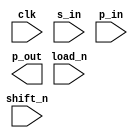
////////////////////////////////////////////////////////////////////////////////
//
//       This confidential and proprietary software may be used only
//     as authorized by a licensing agreement from Synopsys Inc.
//     In the event of publication, the following notice is applicable:
//
//                    (C) COPYRIGHT 1992 - 2016 SYNOPSYS INC.
//                           ALL RIGHTS RESERVED
//
//       The entire notice above must be reproduced on all authorized
//     copies.
//
//
// VERSION:   Simulation Architecture
//
// DesignWare_version: 4b9e2c8c
// DesignWare_release: K-2015.06-DWBB_201506.5.2
//
////////////////////////////////////////////////////////////////////////////////
//-----------------------------------------------------------------------------------
//
// ABSTRACT:  Shift Register
//           length wordlength
//           shift enable active low
//           parallel load enable active low
//
//            Add X-handling
//            Reto Zimmermann  Nov 02, 1999
//            Rewrite (separating sequential and combinatorial code)
//
//-------------------------------------------------------------------------------
//
module DW03_shftreg
  (clk, s_in, p_in, shift_n, load_n, p_out);

  parameter length = 4;

  input  clk;
  input  s_in;
  input  [length-1:0] p_in;
  input  shift_n;
  input  load_n;
  output [length-1:0] p_out;  

  reg  [length-1:0] q, next_q;

  // synopsys translate_off

  
  
  initial begin : parameter_check

    
    if ( length < 1  ) begin
      $display(
	"ERROR: %m :\n  Invalid value (%d) for parameter length (lower bound: 1 )",
        length );
      $finish;
    end

  end // parameter_check


  always @ (p_in or s_in or load_n or shift_n or q)
  begin : mk_next_q

    if (load_n === 1'b0)
      next_q = p_in;

    else if (load_n === 1'b1) 
      if (shift_n === 1'b0) begin
	next_q = q << 1;
	next_q[0] = s_in;
      end

      else if (shift_n === 1'b1)
	next_q = q;

      else
	next_q = {length{1'bx}};

    else
      next_q = {length{1'bx}};
    
  end // mk_next_q


  always @ (posedge clk)
  begin : clk_register

    q <= next_q;

  end // clk_register


  assign p_out = q;

  
  
  always @ (clk) begin : clk_monitor 
    if ( (clk !== 1'b0) && (clk !== 1'b1) && ($time > 0) )
      $display( "WARNING: %m :\n  at time = %t, detected unknown value, %b, on clk input.",
                $time, clk );
    end // clk_monitor 

    
  // synopsys translate_on

endmodule